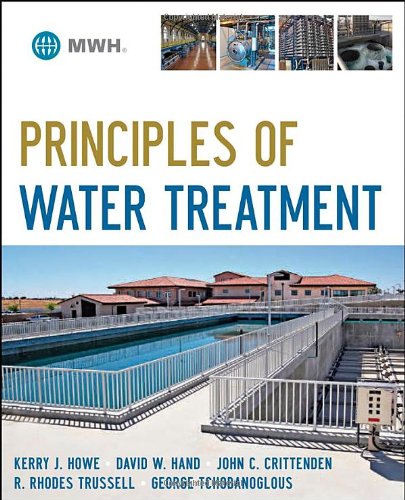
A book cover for Principles of Water Treatment; Kerry J. Howe; Science & Math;